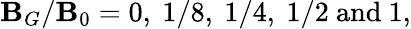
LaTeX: \mathbf{B}_{G}/\mathbf{B}_{0}=0,~1/8,~1/4,~1/2\mathrm{{~and~}}1,